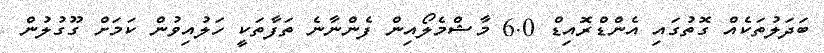
ބަދަލުތަކެއް ގޮތުގައި އެންޑްރޮއިޑް 6.0 މާޝްމެލޯއިން ފެންނާނެ ތަފާތަކީ ހަލުއިވުން ކަމަށް ގޫގުލުން